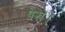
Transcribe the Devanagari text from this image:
पेख।